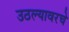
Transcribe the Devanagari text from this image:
उठल्यावरचे